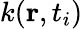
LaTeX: k(\mathbf{r},t_{i})